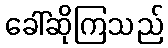
ခေါ်ဆိုကြသည်